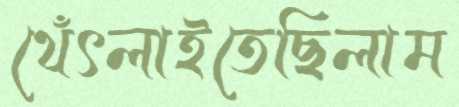
থেঁৎলাইতেছিলাম